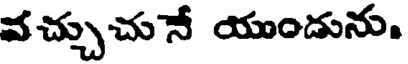
వచ్చుచునే యుండును.